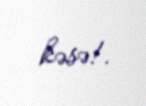
kəsə!.